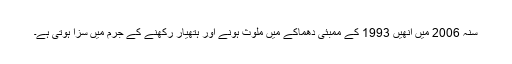
سنہ 2006 میں انھیں 1993 کے ممبئی دھماکے میں ملوث ہونے اور ہتھیار رکھنے کے جرم میں سزا ہوتی ہے۔